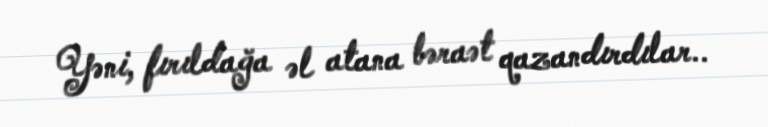
Yəni, fırıldağa əl atana bəraət qazandırdılar..